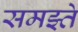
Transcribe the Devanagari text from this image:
समझ्ते